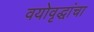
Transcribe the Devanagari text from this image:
वयोवृद्धांचा